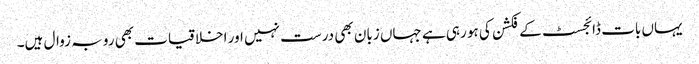
یہاں بات ڈائجسٹ کے فکشن کی ہو رہی ہے جہاں زبان بھی درست نہیں اور اخلاقیات بھی رو بہ زوال ہیں۔